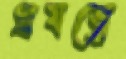
প্রযত্নে